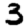
Digit: 3